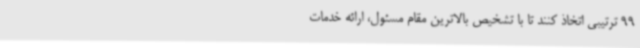
99 ترتیبی اتخاذ کنند تا با تشخیص بالاترین مقام مسئول، ارائه خدمات